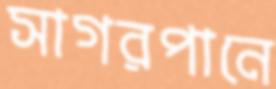
সাগরপানে